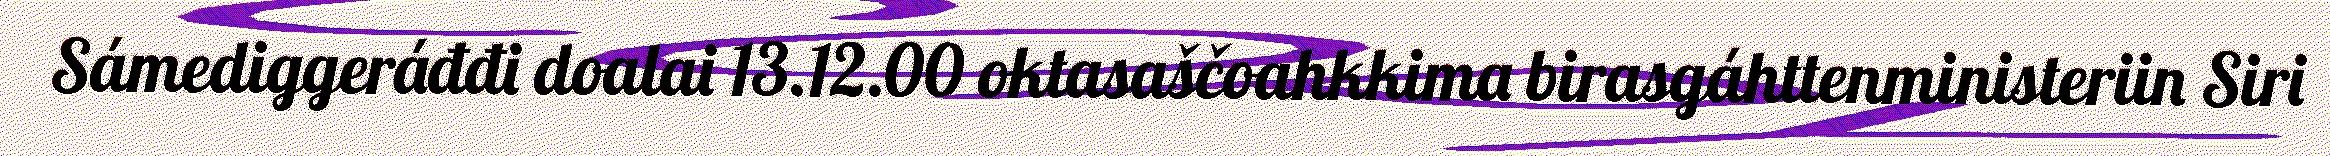
Sámediggeráđđi doalai 13.12.00 oktasaščoahkkima birasgáhttenministeriin Siri